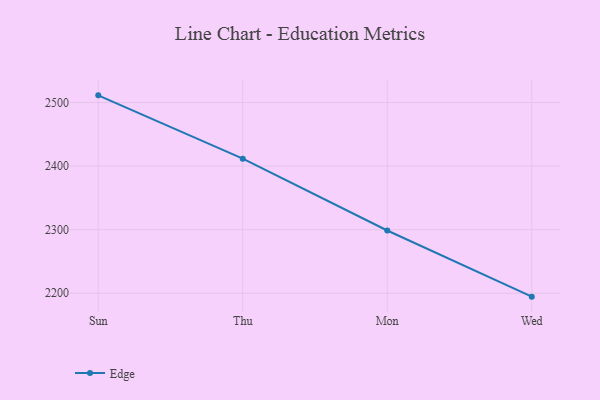
{"axis": {"x": "Day", "y": "LTV (USD)"}, "legend": ["Edge"], "data": [{"x": "Sun", "y": 2511.3, "type": "Edge"}, {"x": "Thu", "y": 2411.7, "type": "Edge"}, {"x": "Mon", "y": 2298.7, "type": "Edge"}, {"x": "Wed", "y": 2194.7, "type": "Edge"}]}